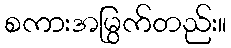
စကားအမြွက်တည်း။